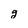
Character: g